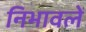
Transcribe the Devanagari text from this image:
निभावलें